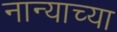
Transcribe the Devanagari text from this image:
नान्याच्या